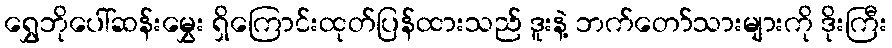
ရွှေဘိုပေါ်ဆန်းမွှေး ရှိကြောင်းထုတ်ပြန်ထားသည် ဒူးနဲ့ ဘက်တော်သားများကို ဒိုးကြီး